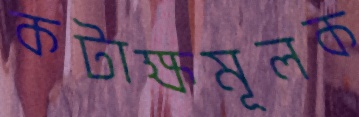
কটাক্ষমূলক